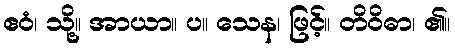
ဧဝံ၊ သို့။ အာယာ။ ပ။ သေန၊ ဖြင့်။ တိဝိဓာ၊ ၏။